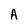
Character: A